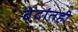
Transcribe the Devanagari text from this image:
वेदांतही